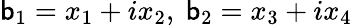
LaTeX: \mathsf{b}_{1}=x_{1}+ix_{2},\ \mathsf{b}_{2}=x_{3}+ix_{4}